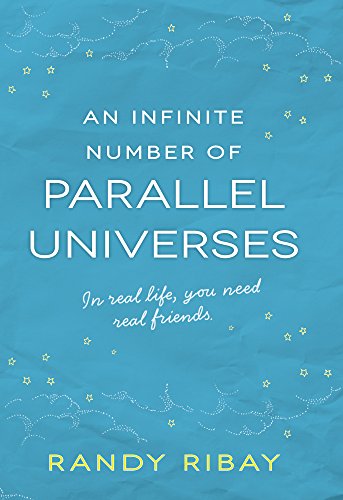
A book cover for An Infinite Number Of Parallel Universes; Randy Ribay; Gay & Lesbian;